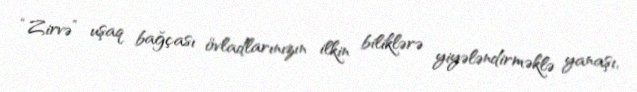
“Zirvə” uşaq bağçası övladlarınızın ilkin biliklərə yiyələndirməklə yanaşı,